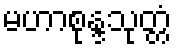
မဟာစုန္ဒသုတ္တံ